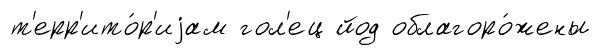
т'ерр'ито́р'иjам гол'ец йод облагоро́жены